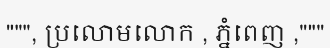
""", ប្រលោមលោក , ភ្នំពេញ ,"""